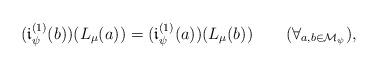
LaTeX: \begin{align*}(\mathfrak{i}_{\psi}^{(1)}(b))(L_{\mu}(a))=(\mathfrak{i}_{\psi}^{(1)}(a))(L_{\mu}(b))\qquad(\forall_{a,b\in\mathcal{M}_{\psi}}),\end{align*}